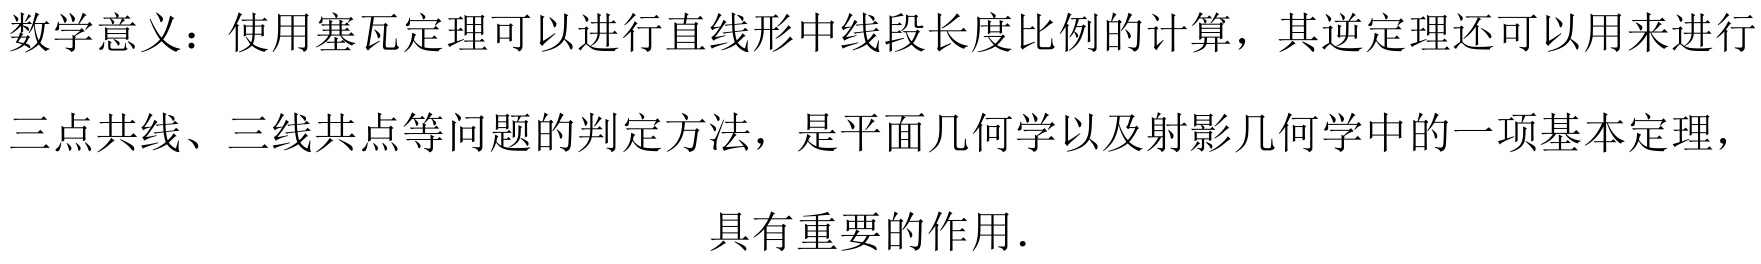
数学意义：使用塞瓦定理可以进行直线形中线段长度比例的计算，其逆定理还可以用来进行
三点共线、三线共点等问题的判定方法，是平面几何学以及射影几何学中的一项基本定理，
具有重要的作用.